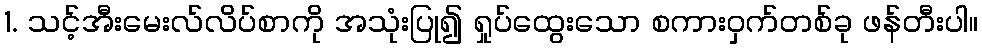
1. သင့်အီးမေးလ်လိပ်စာကို အသုံးပြု၍ ရှုပ်ထွေးသော စကားဝှက်တစ်ခု ဖန်တီးပါ။